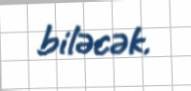
biləcək.